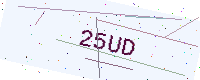
Text: 25UD